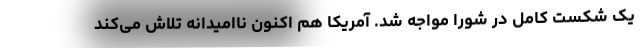
یک شکست کامل در شورا مواجه شد. آمریکا هم اکنون ناامیدانه تلاش می‌کند